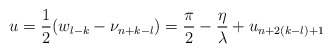
\begin{align*}u=\frac{1}{2}(w_{l-k}-\nu _{n+k-l})=\frac{\pi }{2}-\frac{\eta }{\lambda }+u_{n+2(k-l)+1}\end{align*}